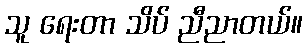
သူ ရေးတာ သိပ် ညီညာတယ်။